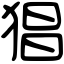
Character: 猖